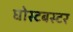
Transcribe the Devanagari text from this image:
घोस्टबस्टर